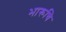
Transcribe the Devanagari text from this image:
भारूचि